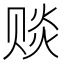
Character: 赕